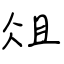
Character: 俎